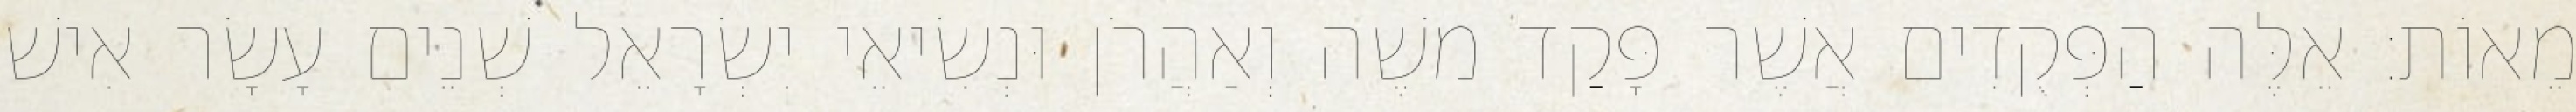
מֵאוֹת׃ אֵלֶּה הַפְּקֻדִים אֲשֶׁר פָּקַד משֶׁה וְאַהֲרֹן וּנְשִׂיאֵי יִשְׂרָאֵל שְׁנֵים עָשָׂר אִישׁ